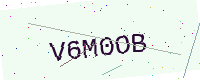
Text: V6M0OB